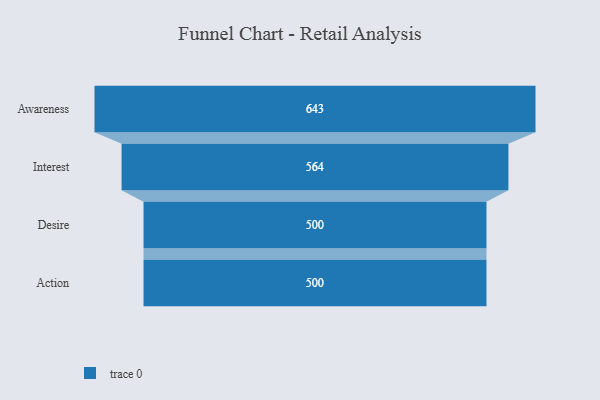
{"axis": {"x": "Stage", "y": "Value"}, "legend": [""], "data": [{"x": "Awareness", "y": 643.0, "type": ""}, {"x": "Interest", "y": 564.0, "type": ""}, {"x": "Desire", "y": 500, "type": ""}, {"x": "Action", "y": 500, "type": ""}]}